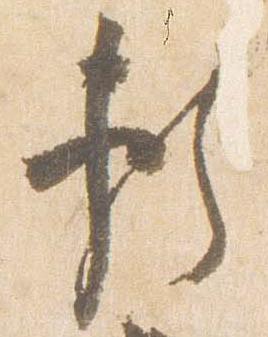
頼